Annual statistical returns and brief notes on vaccination in Bengal - 1896-1909
Year: 1896
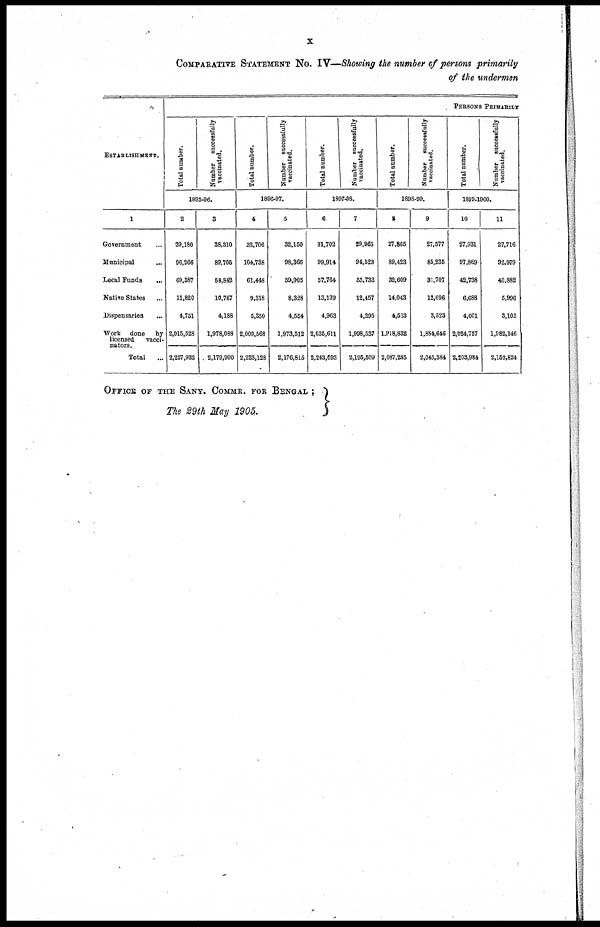
x
COMPARATIVE STATEMENT No. IV—Showing the number of persons primarily
of the undermen
ESTABLISHMENT.
1
Government ...
Municipal ...
Local Funds
...
Native States ...
Dispensaries ...
Work done
by
licensed
vacci-
nators.
Total
...
PERSONS PRIMARILY
Total number.
Number
successfully
vaccinated.
1895-86.
2
39,180
96,266
69,887
11,820
4,751
2,015,528
2,227,982
3
38,310
89,705
58,842
10,767
4,188
1,978,088
2,179,900
Total number.
Number successfully
vaccinated.
1896-97.
4
32,706
104,738
61,448
9,318
5,350
2,009,568
2,223,128
5
32,150
98,366
59,905
8,328
4,554
1,973,512
2,176,815
Total number.
Number successfully
vaccinated.
1897-98.
6
31,702
99,914
57,764
13,139
4,963
2,035,611
2,243,093
7
29,965
94,523
55,732
12,157
4,295
1,998,537
2,195,509
Total number.
Number successfully
vaccinated.
1898-99.
8
27,865
89,423
32,609
14,043
4,513
1,918,832
2,087,285
9
27,577
85,235
31,707
12,696
3,523
1,884,646
2,045,384
Total number.
Number successfully
vaccinated.
1899-1900.
10
27,931
97,869
42,738
6,688
4,001
2,024,757
2,203,984
11
27,716
92,979
40,882
5,996
3,105
1,982,146
2,152,824
OFFICE OF THE SANY. COMMR. FOR BENGAL ;
The 29th May 1905.